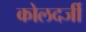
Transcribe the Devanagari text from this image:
कोलदर्जी